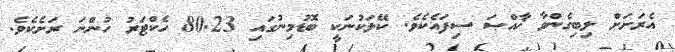
އެރަށަށް ލިބިގެންވާ ޚާއްޞަ ސިފައެކެވެ. ކޭލަކުނަކީ ބޮޑުމިނުގައި 80.23 ހެކްޓަރު ހުންނަ ރަށެކެވެ.